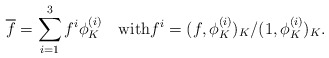
\begin{align*}\overline{f} = \sum_{i=1}^3 f^i \phi_K^{(i)} \quad{\rm with} f^i = (f,\phi_K^{(i)})_K/(1,\phi_K^{(i)})_K .\end{align*}